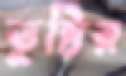
তুষ্টির